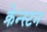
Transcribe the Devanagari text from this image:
क्रेन्स्टन